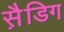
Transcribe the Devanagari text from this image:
स़ैडिग